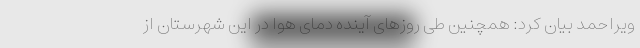
ویراحمد بیان کرد: همچنین طی روزهای آینده دمای هوا در این شهرستان از